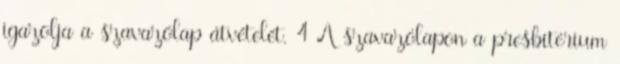
igazolja a szavazólap átvételét. 4 A szavazólapon a presbitérium